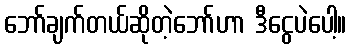
ဘော်ချက်တယ်ဆိုတဲ့ဘော်ဟာ ဒီငွေပဲပေါ့။